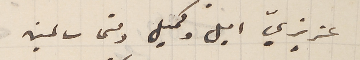
عزيزي اميل وكميل دمتما سالمين